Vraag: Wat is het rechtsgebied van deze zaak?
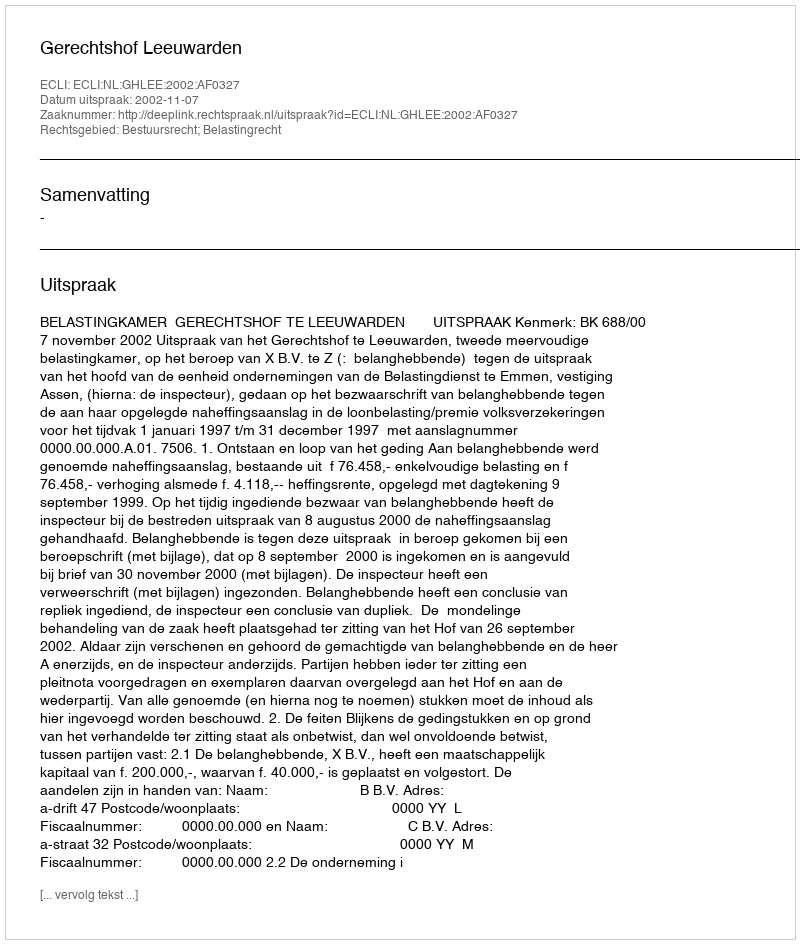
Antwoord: Bestuursrecht; Belastingrecht